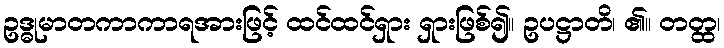
ဥဒ္ဓုမာတကာကာရအားဖြင့် ထင်ထင်ရှား ရှားဖြစ်၍။ ဥပဋ္ဌာတိ၊ ၏။ တတ္ထ၊